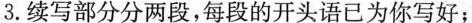
3.续写部分分两段,每段的开头语已为你写好;